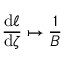
\frac { \mathrm { d } \ell } { \mathrm { d } \zeta } \mapsto \frac { 1 } { B }